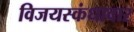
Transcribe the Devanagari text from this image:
विजयस्कंधावार